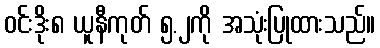
ဝင်းဒိုး၈ ယူနီကုတ် ၅.၂ကို အသုံးပြုထားသည်။